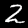
Label: 2